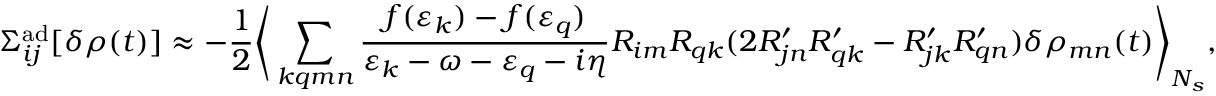
\Sigma _ { i j } ^ { \mathrm { a d } } [ \delta \rho ( t ) ] \approx - \frac { 1 } { 2 } \Bigg \langle \sum _ { k q m n } \frac { f ( \varepsilon _ { k } ) - f ( \varepsilon _ { q } ) } { \varepsilon _ { k } - \omega - \varepsilon _ { q } - i \eta } R _ { i m } R _ { q k } ( 2 R _ { j n } ^ { \prime } R _ { q k } ^ { \prime } - R _ { j k } ^ { \prime } R _ { q n } ^ { \prime } ) \delta \rho _ { m n } ( t ) \Bigg \rangle _ { N _ { s } } ,